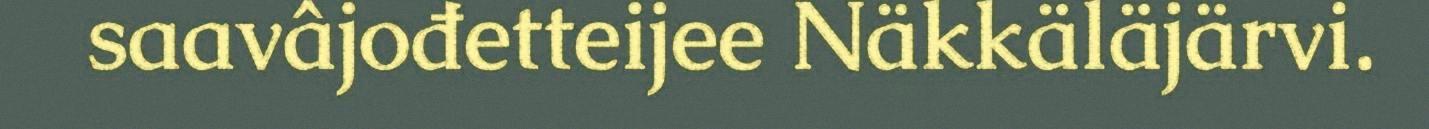
saavâjođetteijee Näkkäläjärvi.